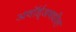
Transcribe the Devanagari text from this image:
अवॉर्ड्‌जमधील